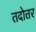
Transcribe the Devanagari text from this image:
तदोत्तर